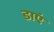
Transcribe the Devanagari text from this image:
डाएं